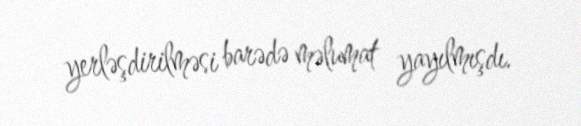
yerləşdirilməsi barədə məlumat yayılmışdı.